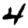
Digit: 4